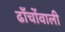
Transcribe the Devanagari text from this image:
ढाँचोंवाली